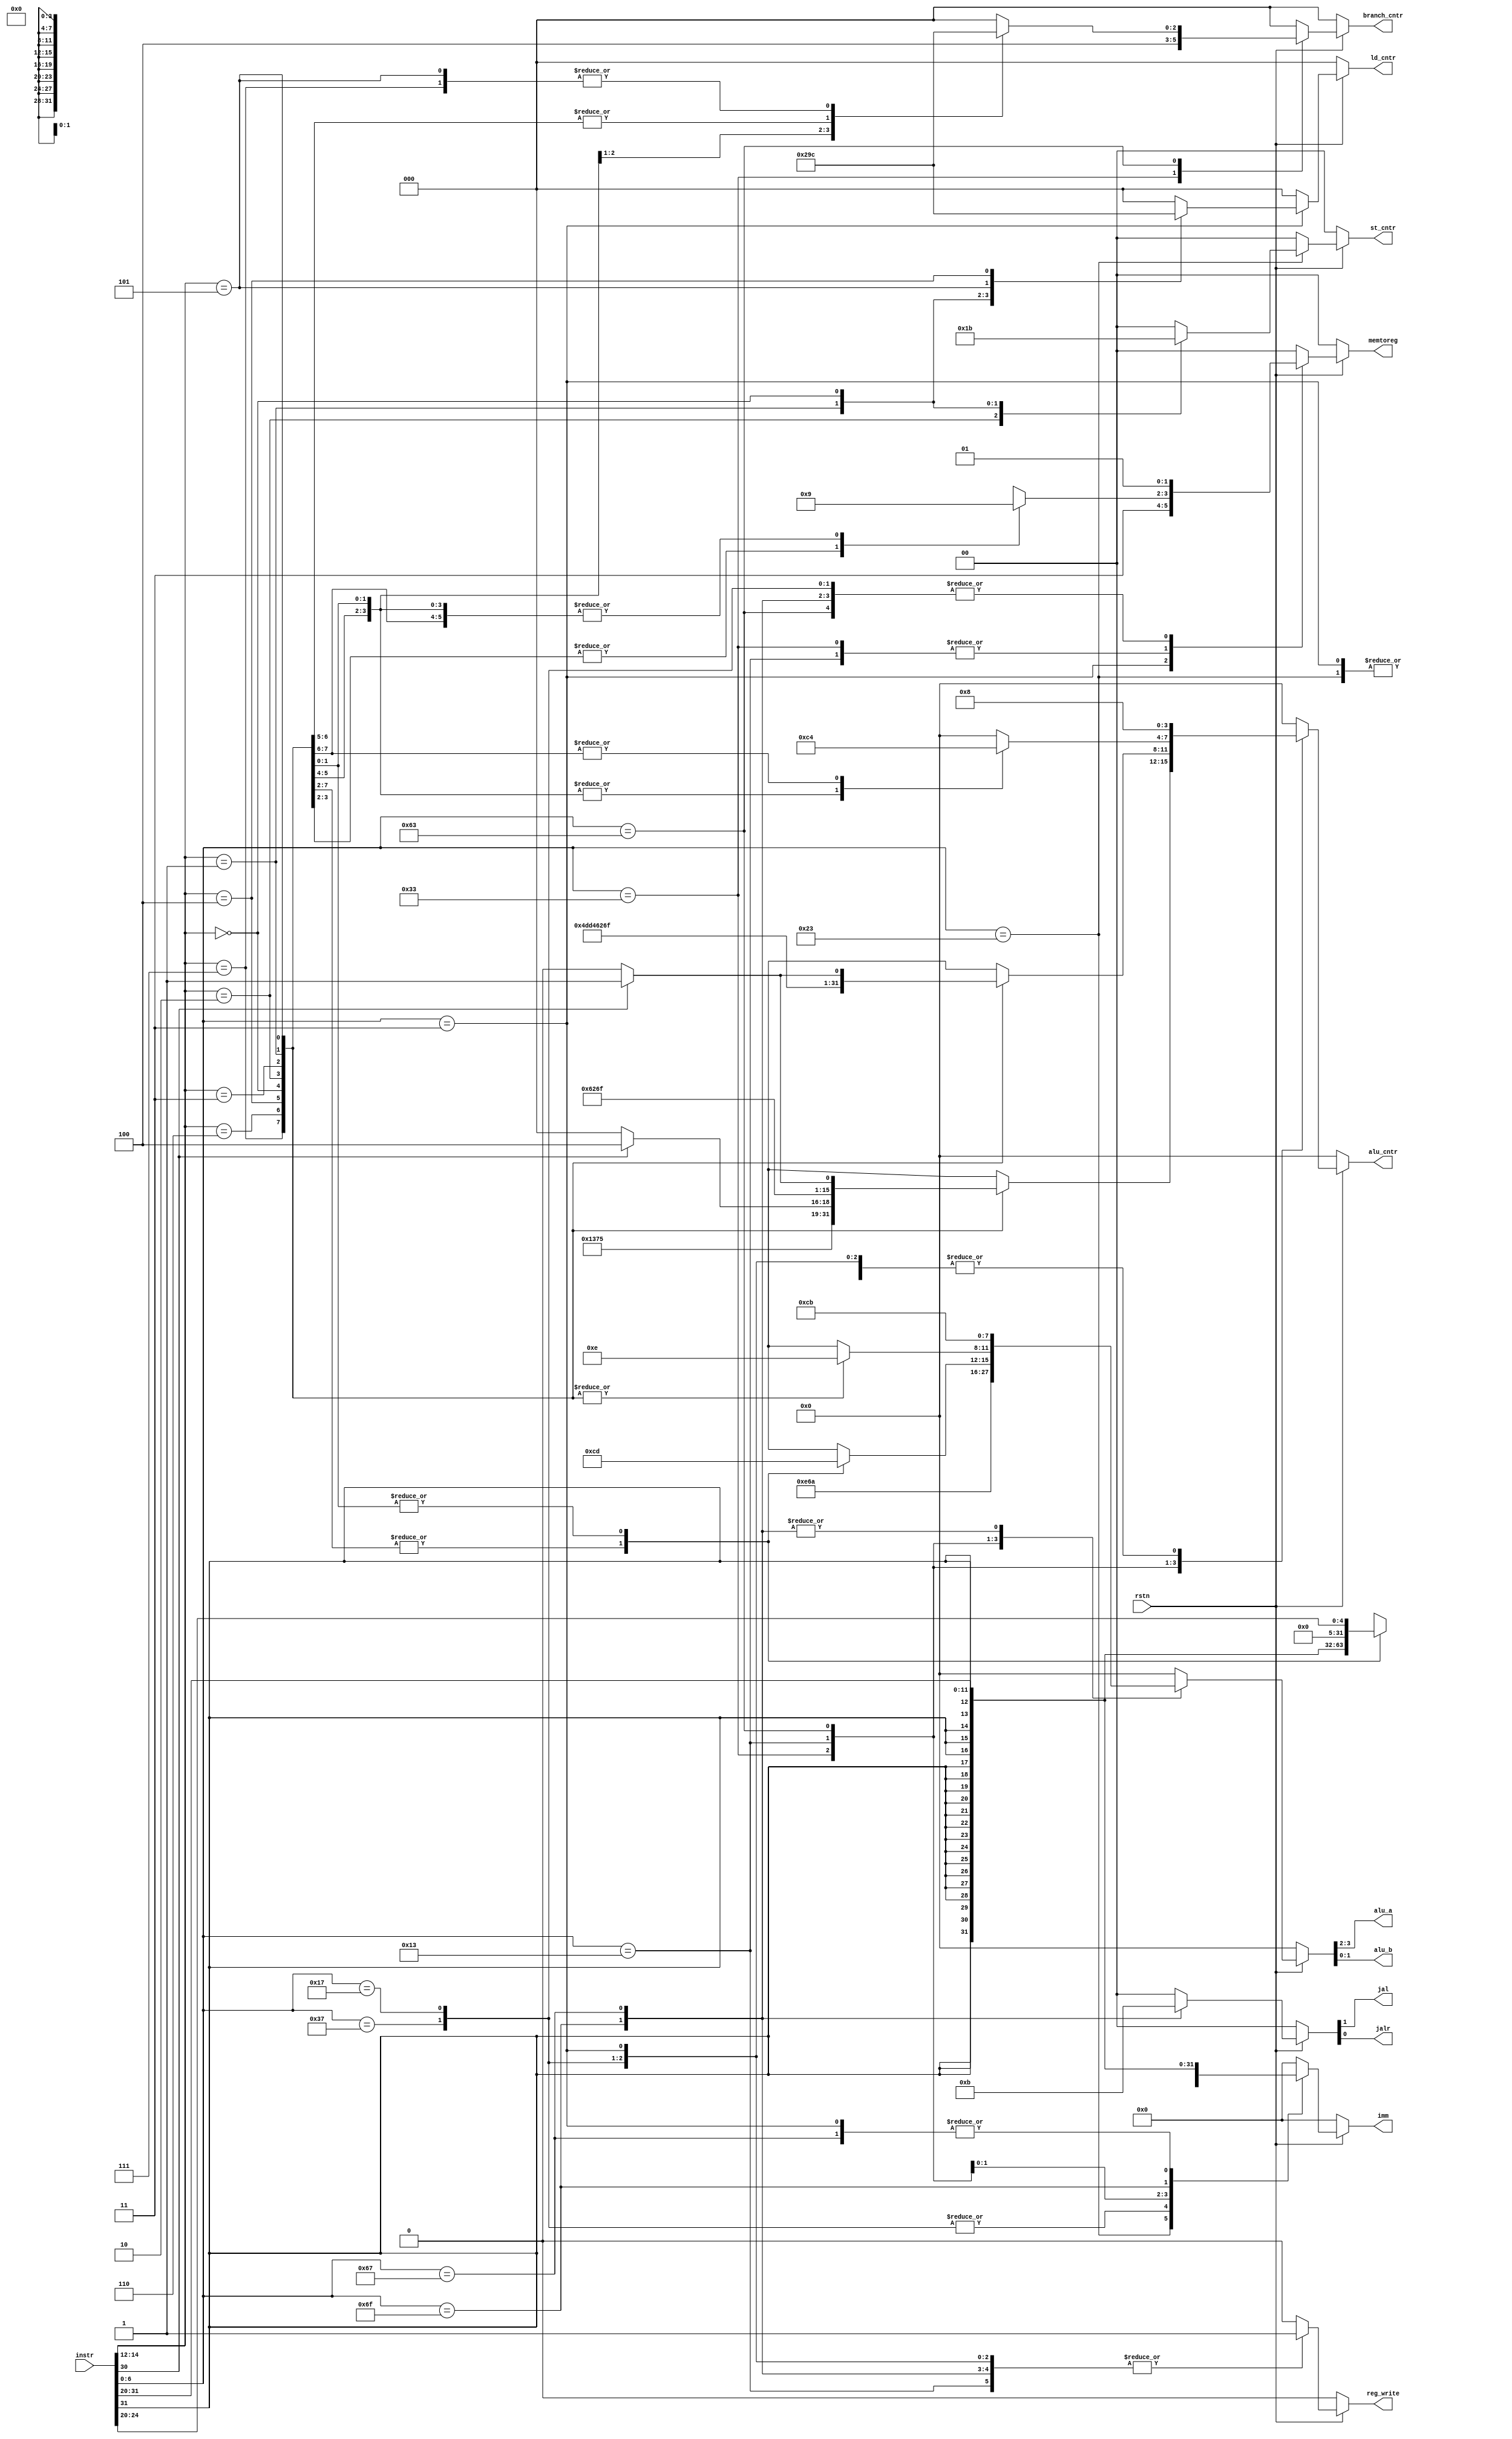
/********************************************************************************************************
Github repo : https://github.com/Praseeda-S/RISC-V-Soc.git
Date : 20/04/2021
Authors : Praseeda S, Sanjana AR, Parvathy PH, Anna Sebastine
College Name : College of Engineering Trivandrum
Project Name : Design and Verification of Vriddhi: A RISC-V Core
Design name : Instruction Decode 
Module name : idecode
Description : Generates control signals after taking inputs from ROM and instruction fetch unit
********************************************************************************************************/

module idecode(
input rstn,
//input		clk,
input [31:0]instr,
output reg reg_write,
output reg [1:0]memtoreg,
output reg [1:0]st_cntr,
output reg [2:0]ld_cntr,
output reg [1:0]alu_a,
output reg [1:0]alu_b,
output reg [3:0]alu_cntr,
output reg [31:0]imm,
output reg [2:0]branch_cntr,
output reg jal, jalr
);


// Immediate parsing
wire [31:0]Uimm = {instr[31:12],{12{1'b0}}};
wire [31:0]Iimm = {{20{instr[31]}},instr[31:20]};
wire [31:0]SBimm = {{20{instr[31]}},instr[7],instr[30:25],instr[11:8],1'b0};
wire [31:0]UJimm = {{12{instr[31]}},instr[19:12],instr[20],instr[30:25],instr[24:21],1'b0};
wire [31:0]Simm = {{20{instr[31]}}, instr[31:25],instr[11:7]};
wire [31:0]Shiftimm = {{27{1'b0}},Iimm[4:0]};


always@(*)
begin
if(~rstn)
{reg_write,memtoreg,st_cntr,ld_cntr,alu_a,alu_b,branch_cntr,jal,jalr,alu_cntr,imm} <= 53'd0;
else
begin
{reg_write,memtoreg,st_cntr,ld_cntr,alu_a,alu_b,branch_cntr,jal,jalr,alu_cntr,imm} <= 53'd0;
case(instr[6:0])

	7'b0000011:	//-----------load---------------
			begin	
			{reg_write,memtoreg,alu_a,alu_b,branch_cntr,jal,jalr,alu_cntr} <= 16'b1111110000001000;
			st_cntr <= 2'b00;
			case(instr[14:12])
				3'b010:	ld_cntr <= 3'b000;
				3'b001: ld_cntr <= 3'b001;
				3'b000: ld_cntr <= 3'b010;
				3'b101:	ld_cntr <= 3'b011;
				3'b100:	ld_cntr <= 3'b100;
				default: ld_cntr <= 3'b000;
				
			endcase
			imm <= Iimm;
			end

	7'b0100011:	//-----------store----------------
			begin
			{reg_write,memtoreg,alu_a,alu_b,branch_cntr,jal,jalr,alu_cntr} <= 16'b0001110000001000;
			ld_cntr <= 3'b000;
			case(instr[14:12])
				3'b010: st_cntr <= 2'b01;
				3'b001: st_cntr <= 2'b10;
				3'b000: st_cntr <= 2'b11;
				default: st_cntr <= 2'b00; 
			endcase
			imm <= Simm;	
			end

	7'b0110111:	//-----------------lui----------------
			begin
			{reg_write,memtoreg,alu_a,alu_b,branch_cntr,jal,jalr,alu_cntr} <= 16'b1010110000001000;
			st_cntr <= 2'b00;
			ld_cntr <= 3'b000;
			imm <= Uimm; 
			end

	7'b0010111:	//-----------------auipc------------------
			begin
			{reg_write,memtoreg,alu_a,alu_b,branch_cntr,jal,jalr,alu_cntr} <= 16'b1011010000001000;
			st_cntr <= 2'b00;
			ld_cntr <= 3'b000; 
			imm <= Uimm;
			end
	
	7'b0110011:	//------------------R Type--------------------
			begin
			{reg_write,branch_cntr,jal,jalr} <= 6'b10000;
			st_cntr <= 2'b00;
			ld_cntr <= 3'b000;
			case(instr[14:12])
				3'b111:	//-----------AND	
					begin
					{memtoreg,alu_a,alu_b,alu_cntr} <= 10'b0111001001;
					end
				
				3'b110:	//-----------OR
					begin
					{memtoreg,alu_a,alu_b,alu_cntr} <= 10'b0111001011;
					end

				3'b100:	//-------------XOR
					begin
					{memtoreg,alu_a,alu_b,alu_cntr} <= 10'b0111001010;
					end 

				3'b000:	//---------------ADD/SUB
					begin
					{memtoreg,alu_a,alu_b} <= 6'b011100;
					case(instr[30])
						1'b1: alu_cntr <= 4'b1100;
						default: alu_cntr <= 4'b1000;
					endcase
					end

				3'b010:	//---------------SLT
					begin
					{memtoreg,alu_a,alu_b,alu_cntr} <= 10'b1011001100;
					end

				3'b011:	//----------------SLTU
					begin
					{memtoreg,alu_a,alu_b,alu_cntr} <= 10'b1011000100;
					end
				
				3'b001:	//--------------------SLL
					begin
					{memtoreg,alu_a,alu_b,alu_cntr} <= 10'b0111011101;
					end

				3'b101:	//------------------SRL/SRA
					begin
					{memtoreg,alu_a,alu_b} <= 6'b011101;
					case(instr[30])
						1'b0:	alu_cntr <= 4'b1110;
						default: alu_cntr <= 4'b1111;
					endcase
					end
				default:begin
					{memtoreg,alu_a,alu_b,alu_cntr} <= 10'b0111001000;
					end
			endcase
			end
	
	7'b0010011:	//-----------------I Type--------------------
			begin
				{reg_write,branch_cntr,jal,jalr} <= 6'b100000;
				st_cntr <= 2'b00;
				ld_cntr <= 3'b000;
				case(instr[14:12])
				3'b111:	//-----------ANDi	
					begin
					{memtoreg,alu_a,alu_b,alu_cntr} <= 10'b0111101001;
					imm <= Iimm;
					end
				
				3'b110:	//-----------ORi
					begin
					{memtoreg,alu_a,alu_b,alu_cntr} <= 10'b0111101011;
					imm <= Iimm;
					end

				3'b100:	//-------------XORi
					begin
					{memtoreg,alu_a,alu_b,alu_cntr} <= 10'b0111101010;
					imm <= Iimm;
					end 

				3'b000:	//---------------ADDi
					begin
					{memtoreg,alu_a,alu_b,alu_cntr} <= 10'b0111101000;
					imm <= Iimm;
					end

				3'b010:	//---------------SLTi
					begin
					{memtoreg,alu_a,alu_b,alu_cntr} <= 10'b1011101100;
					imm <= Iimm;
					end

				3'b011:	//----------------SLTiU
					begin
					{memtoreg,alu_a,alu_b,alu_cntr} <= 10'b1011100100;
					imm <= Iimm;
					end
				
				3'b001:	//--------------------SLLi
					begin
					{memtoreg,alu_a,alu_b,alu_cntr} <= 10'b0111101101;
					imm <= Shiftimm;
					end

				3'b101:	//------------------SRLi/SRAi
					begin
					{memtoreg,alu_a,alu_b} <= 6'b011110;
					case(instr[30])
						1'b0:	alu_cntr <= 4'b1110;
						default: alu_cntr <= 4'b1111;
					endcase
					imm <= Shiftimm;
					end
				default:begin
					{memtoreg,alu_a,alu_b,alu_cntr} <= 10'b0111101000;
					imm <= Iimm;
					end
				endcase
			end
	
	7'b1100011:	//-------------------branch------------------------
			begin
			{reg_write,memtoreg,jal,jalr,alu_a,alu_b} <= 9'b001001100;
			st_cntr <= 2'b00;
			ld_cntr <= 3'b000;
			imm <= SBimm;
			case(instr[14:12])
				3'b000:	//----------------beq
					begin
					alu_cntr <= 4'b1100;
					branch_cntr <= 3'b001;
					end
				3'b001:	//---------------bne
					begin
					alu_cntr <= 4'b1100;
					branch_cntr <= 3'b010;
					end
				3'b100: //--------------------blt
					begin
					alu_cntr <= 4'b1100;
					branch_cntr <= 3'b011;
					end
				3'b101: //-------------------bge
					begin
					alu_cntr <= 4'b1100;
					branch_cntr <= 3'b100;
					end
				3'b110: //--------------------bltu
					begin
					alu_cntr <= 4'b0100;
					branch_cntr <= 3'b011;
					end
				3'b111:	//---------------------bgeu
					begin
					alu_cntr <= 4'b0100;
					branch_cntr <= 3'b100;
					end
				default:
					begin
					alu_cntr <= 4'b000;
					branch_cntr <= 3'b0;
					end
			endcase
			end

	7'b1101111:	//----------------------JAL----------------
			begin
			{reg_write,memtoreg,alu_a,alu_b,branch_cntr,jal,jalr,alu_cntr} <= 16'b1011011000101000;
			st_cntr <= 2'b00;
			ld_cntr <= 3'b000; 
			imm <= UJimm;
			end

	7'b1100111:	//------------------JALR-----------------
			begin
			{reg_write,memtoreg,alu_a,alu_b,branch_cntr,jal,jalr,alu_cntr} <= 16'b1011011000111000;
			st_cntr <= 2'b00;
			ld_cntr <= 3'b000; 
			imm <= Iimm;
			end
	default:{reg_write,memtoreg,st_cntr,ld_cntr,alu_a,alu_b,branch_cntr,jal,jalr,alu_cntr} <= 21'b000;
	
endcase	
end	
end

//IMMEDIATE DECODER

/*
case(Immc)
	3'b000: imm = Uimm;
	3'b001: imm = Iimm;
	3'b010: imm = SBimm;
	3'b011: imm = UJimm;
	3'b100: imm = Simm;
	3'b101: imm = Shiftimm;
	default: imm = Iimm;
endcase
*/

endmodule